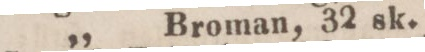
„ Broman, 32 sk.